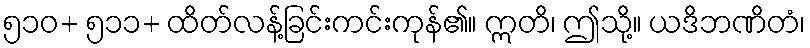
၅၁၀+ ၅၁၁+ ထိတ်လန့်ခြင်းကင်းကုန်၏။ ဣတိ၊ ဤသို့။ ယဒိဘဏိတံ၊